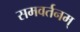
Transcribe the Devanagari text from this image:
समवर्तनम्